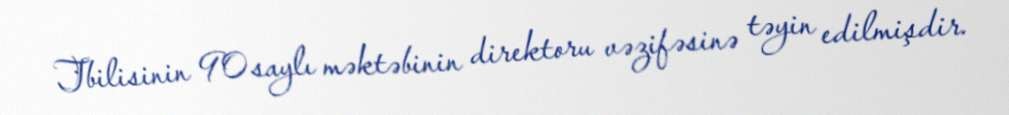
Tbilisinin 90 saylı məktəbinin direktoru vəzifəsinə təyin edilmişdir.